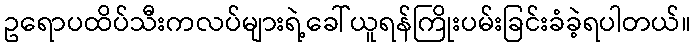
ဥရောပထိပ်သီးကလပ်များရဲ့ခေါ်ယူရန်ကြိုးပမ်းခြင်းခံခဲ့ရပါတယ်။